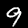
Digit: 9